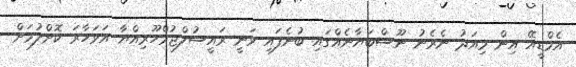
އެމްޑީއޭ އިން މިއަދު ނެރެނު ނޫސްބަޔާނެއްގައި ބުނެފައި ވަނީ ރައީސުލްޖުމްހޫރިއްޔާ އަވަހާރަ ކޮށްލުމަށް